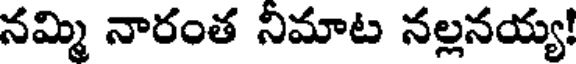
నమ్మి నారంత నిమాట నల్లనయ్య!